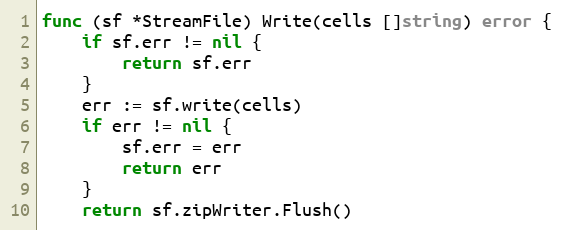
Language: Go
func (sf *StreamFile) Write(cells []string) error {
	if sf.err != nil {
		return sf.err
	}
	err := sf.write(cells)
	if err != nil {
		sf.err = err
		return err
	}
	return sf.zipWriter.Flush()